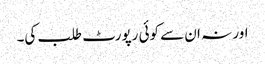
اور نہ ان سے کوئی رپورٹ طلب کی۔